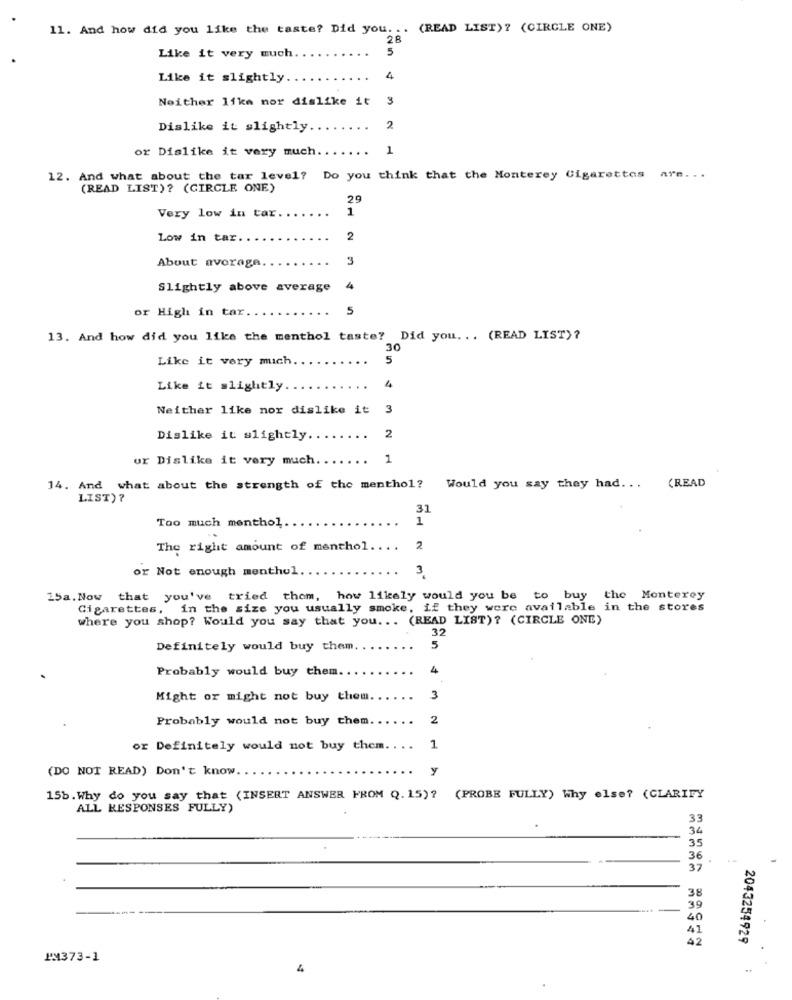
11. And how did you like the taste? Did you. .. (READ LIST)? (CIRCLE ONE)
28
5
Like it very much
Like it slightly.
4
Neither lika nor dislike it 3
Dislike it slightly.
2
or Dislike it very much
1
12. And what about the tar level? Do you think that the Monterey Cigarettes are ...
(READ LIST)? (CIRCLE ONE)
29
Very low in tar.
1
Low in tar ..
2
About average
3
Slightly above average
4
or High in tar ..
5
13. And how did you like the menthol taste? Did you ... (READ LIST)?
30
Like it very mich
5
Like it slightly
4
Neither like nor dislike it 3
Dislike it slightly.
2
or Dislike it very much.
1
14. And what about the strength of the menthol?
Would you say they had ...
(READ
LIST)?
31
Too much menthol
1
The right amount of menthol.
..
2
or Not enough menthol.
3
15a. Now that you've tried them, how likely would you be to buy the Monterey
Cigarettes, in the size you usually smoke, if they were available in the stores
where you shop? Would you say that you ... (READ LIST)? (CIRCLE ONE)
32
Definitely would buy them. .
5
Probably would buy them ..
4
Might or might not buy them
3
Probably would not buy them.
2
or Definitely would not buy them .. ..
1
(DO NOT READ) Don't know
y
15b. Why do you say that (INSERT ANSWER FROM Q. 15)? (PROBE FULLY) Why else? (CLARIFY
ALL RESPONSES FULLY)
33
34
35
36
32
38
39
40
41
2043254929
I'M373-1
4